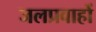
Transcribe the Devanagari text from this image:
जलप्रवाहों